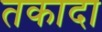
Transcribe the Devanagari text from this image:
तकादा